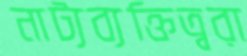
নাট্যব্যক্তিত্বরা